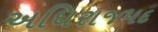
અધિરાજપદ